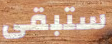
ستبقى